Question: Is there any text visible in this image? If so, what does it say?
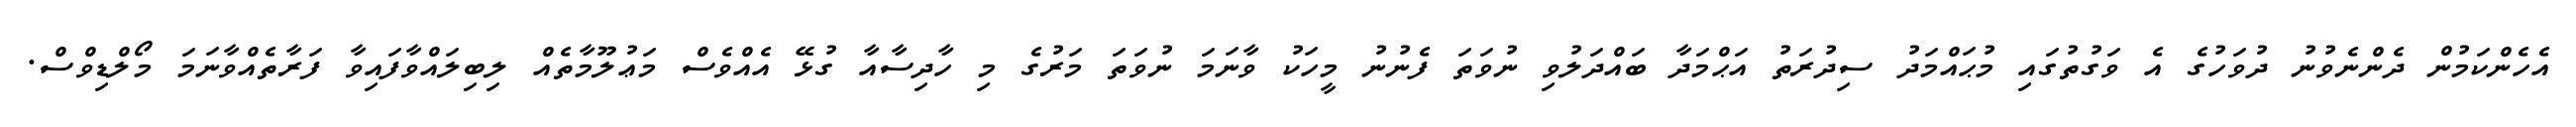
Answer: އެހެންކަމުން ދެންނެވުނު ދުވަހުގެ އެ ވަގުތުގައި މުޙައްމަދު ސިދުރަތު އަޙްމަދާ ބައްދަލުވި ނުވަތަ ފެނުނު މީހަކު ވާނަމަ ނުވަތަ މަރުގެ މި ހާދިސާއާ ގުޅޭ އެއްވެސް މަޢުލޫމާތެއް ލިބިލައްވާފައިވާ ފަރާތެއްވާނަމަ މޯލްޑިވްސް.